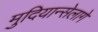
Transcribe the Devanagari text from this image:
मुदियान्सेलागे